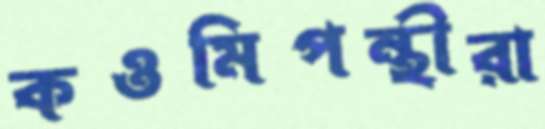
কওমিপন্থীরা